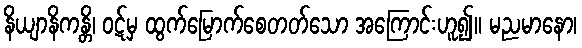
နိယျာနိကန္တိ၊ ဝဋ်မှ ထွက်မြောက်စေတတ်သော အကြောင်းဟူ၍။ မညမာနော၊